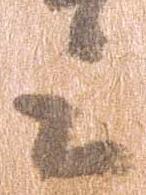
上